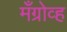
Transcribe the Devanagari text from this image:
मँग्रोव्ह